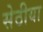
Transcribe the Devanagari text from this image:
सेठीया